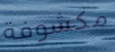
مكشوفة